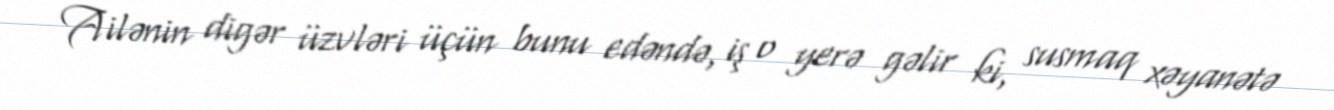
Ailənin digər üzvləri üçün bunu edəndə, iş o yerə gəlir ki, susmaq xəyanətə